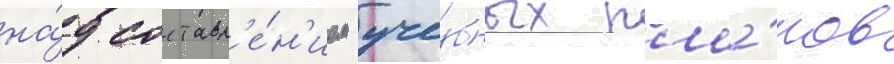
на́д составл'е́н'ием уче́бных пла́нов